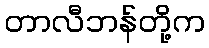
တာလီဘန်တို့က